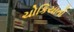
ચોકિયાતો